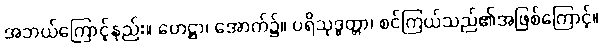
အဘယ်ကြောင့်နည်း။ ဟေဋ္ဌာ၊ အောက်၌။ ပရိသုဒ္ဓတ္တာ၊ စင်ကြယ်သည်၏အဖြစ်ကြောင့်။